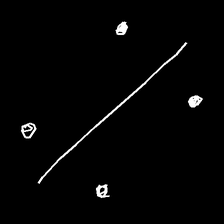
Glyph: cool